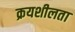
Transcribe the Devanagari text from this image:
क्रयशीलता